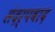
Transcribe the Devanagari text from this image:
संदर्पवाद